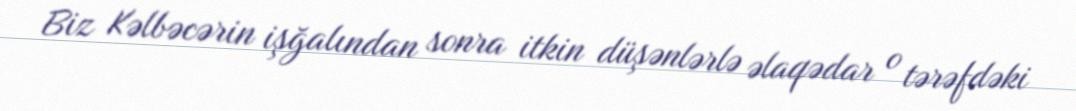
Biz Kəlbəcərin işğalından sonra itkin düşənlərlə əlaqədar o tərəfdəki